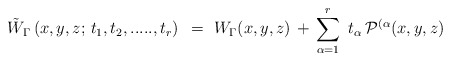
\begin{align*}{\tilde W}_{\Gamma} \left ( x,y,z ; \, t_1, t_2 , .....,t_r \right )~=~W_{\Gamma}(x,y,z)\, + \,\sum_{\alpha =1}^{r} \ t_{\alpha} \,{\cal P}^{(\alpha}(x,y,z)\end{align*}